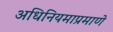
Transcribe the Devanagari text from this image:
अधिनियमाप्रमाणे